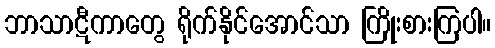
ဘာသာဋီကာတွေ ရိုက်နိုင်အောင်သာ ကြိုးစားကြပါ။